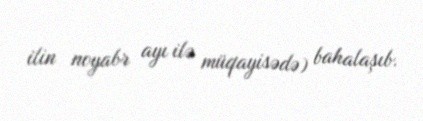
ilin noyabr ayı ilə müqayisədə) bahalaşıb.